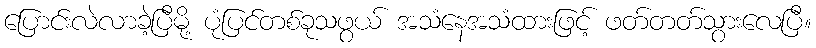
ပြောင်းလဲလာခဲ့ပြီမို့ ပုံပြင်တစ်ခုသဖွယ် အသံနေအသံထားဖြင့် ဖတ်တတ်သွားလေပြီ။